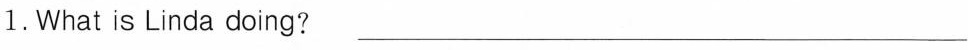
1.What is Linda doing? ___